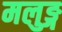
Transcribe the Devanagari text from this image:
मलुङ्ग